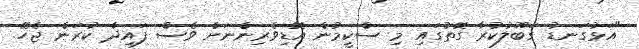
"އަޅުގަނޑު ގަބޫލުކުރާ ގޮތުގައި މި ސްކީމުން އޮޑިވެރިންނަށް ވެސް ފައިދާ ކުރަން ޖެހޭ.